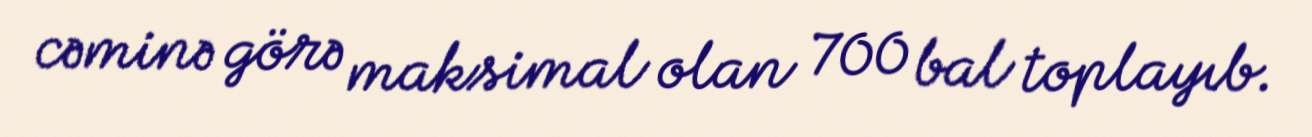
cəminə görə maksimal olan 700 bal toplayıb.